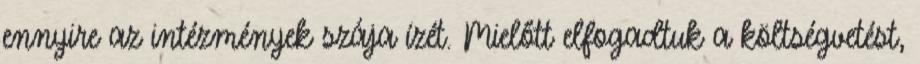
ennyire az intézmények szája ízét. Mielőtt elfogadtuk a költségvetést,